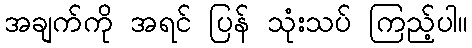
အချက်ကို အရင် ပြန် သုံးသပ် ကြည့်ပါ။